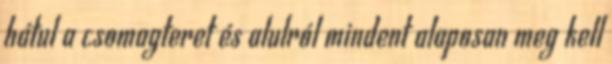
hátul a csomagteret és alulról mindent alaposan meg kell